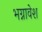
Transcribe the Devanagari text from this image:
भग्नावेश